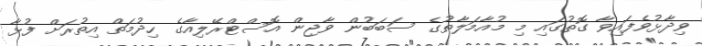
ވިދާޅުވެފައިވާ ގޮތުގައި މި މުއާމަލާތުގެ ސަބަބުން ވާޖިން އޮސްޓްރޭލިއާގެ ހިދުމަތް އިތުރަށް ފުޅާ